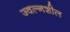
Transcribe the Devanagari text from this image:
ज्वल्नशील